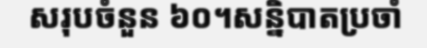
សរុបចំនួន ៦០។សន្និបាតប្រចាំ